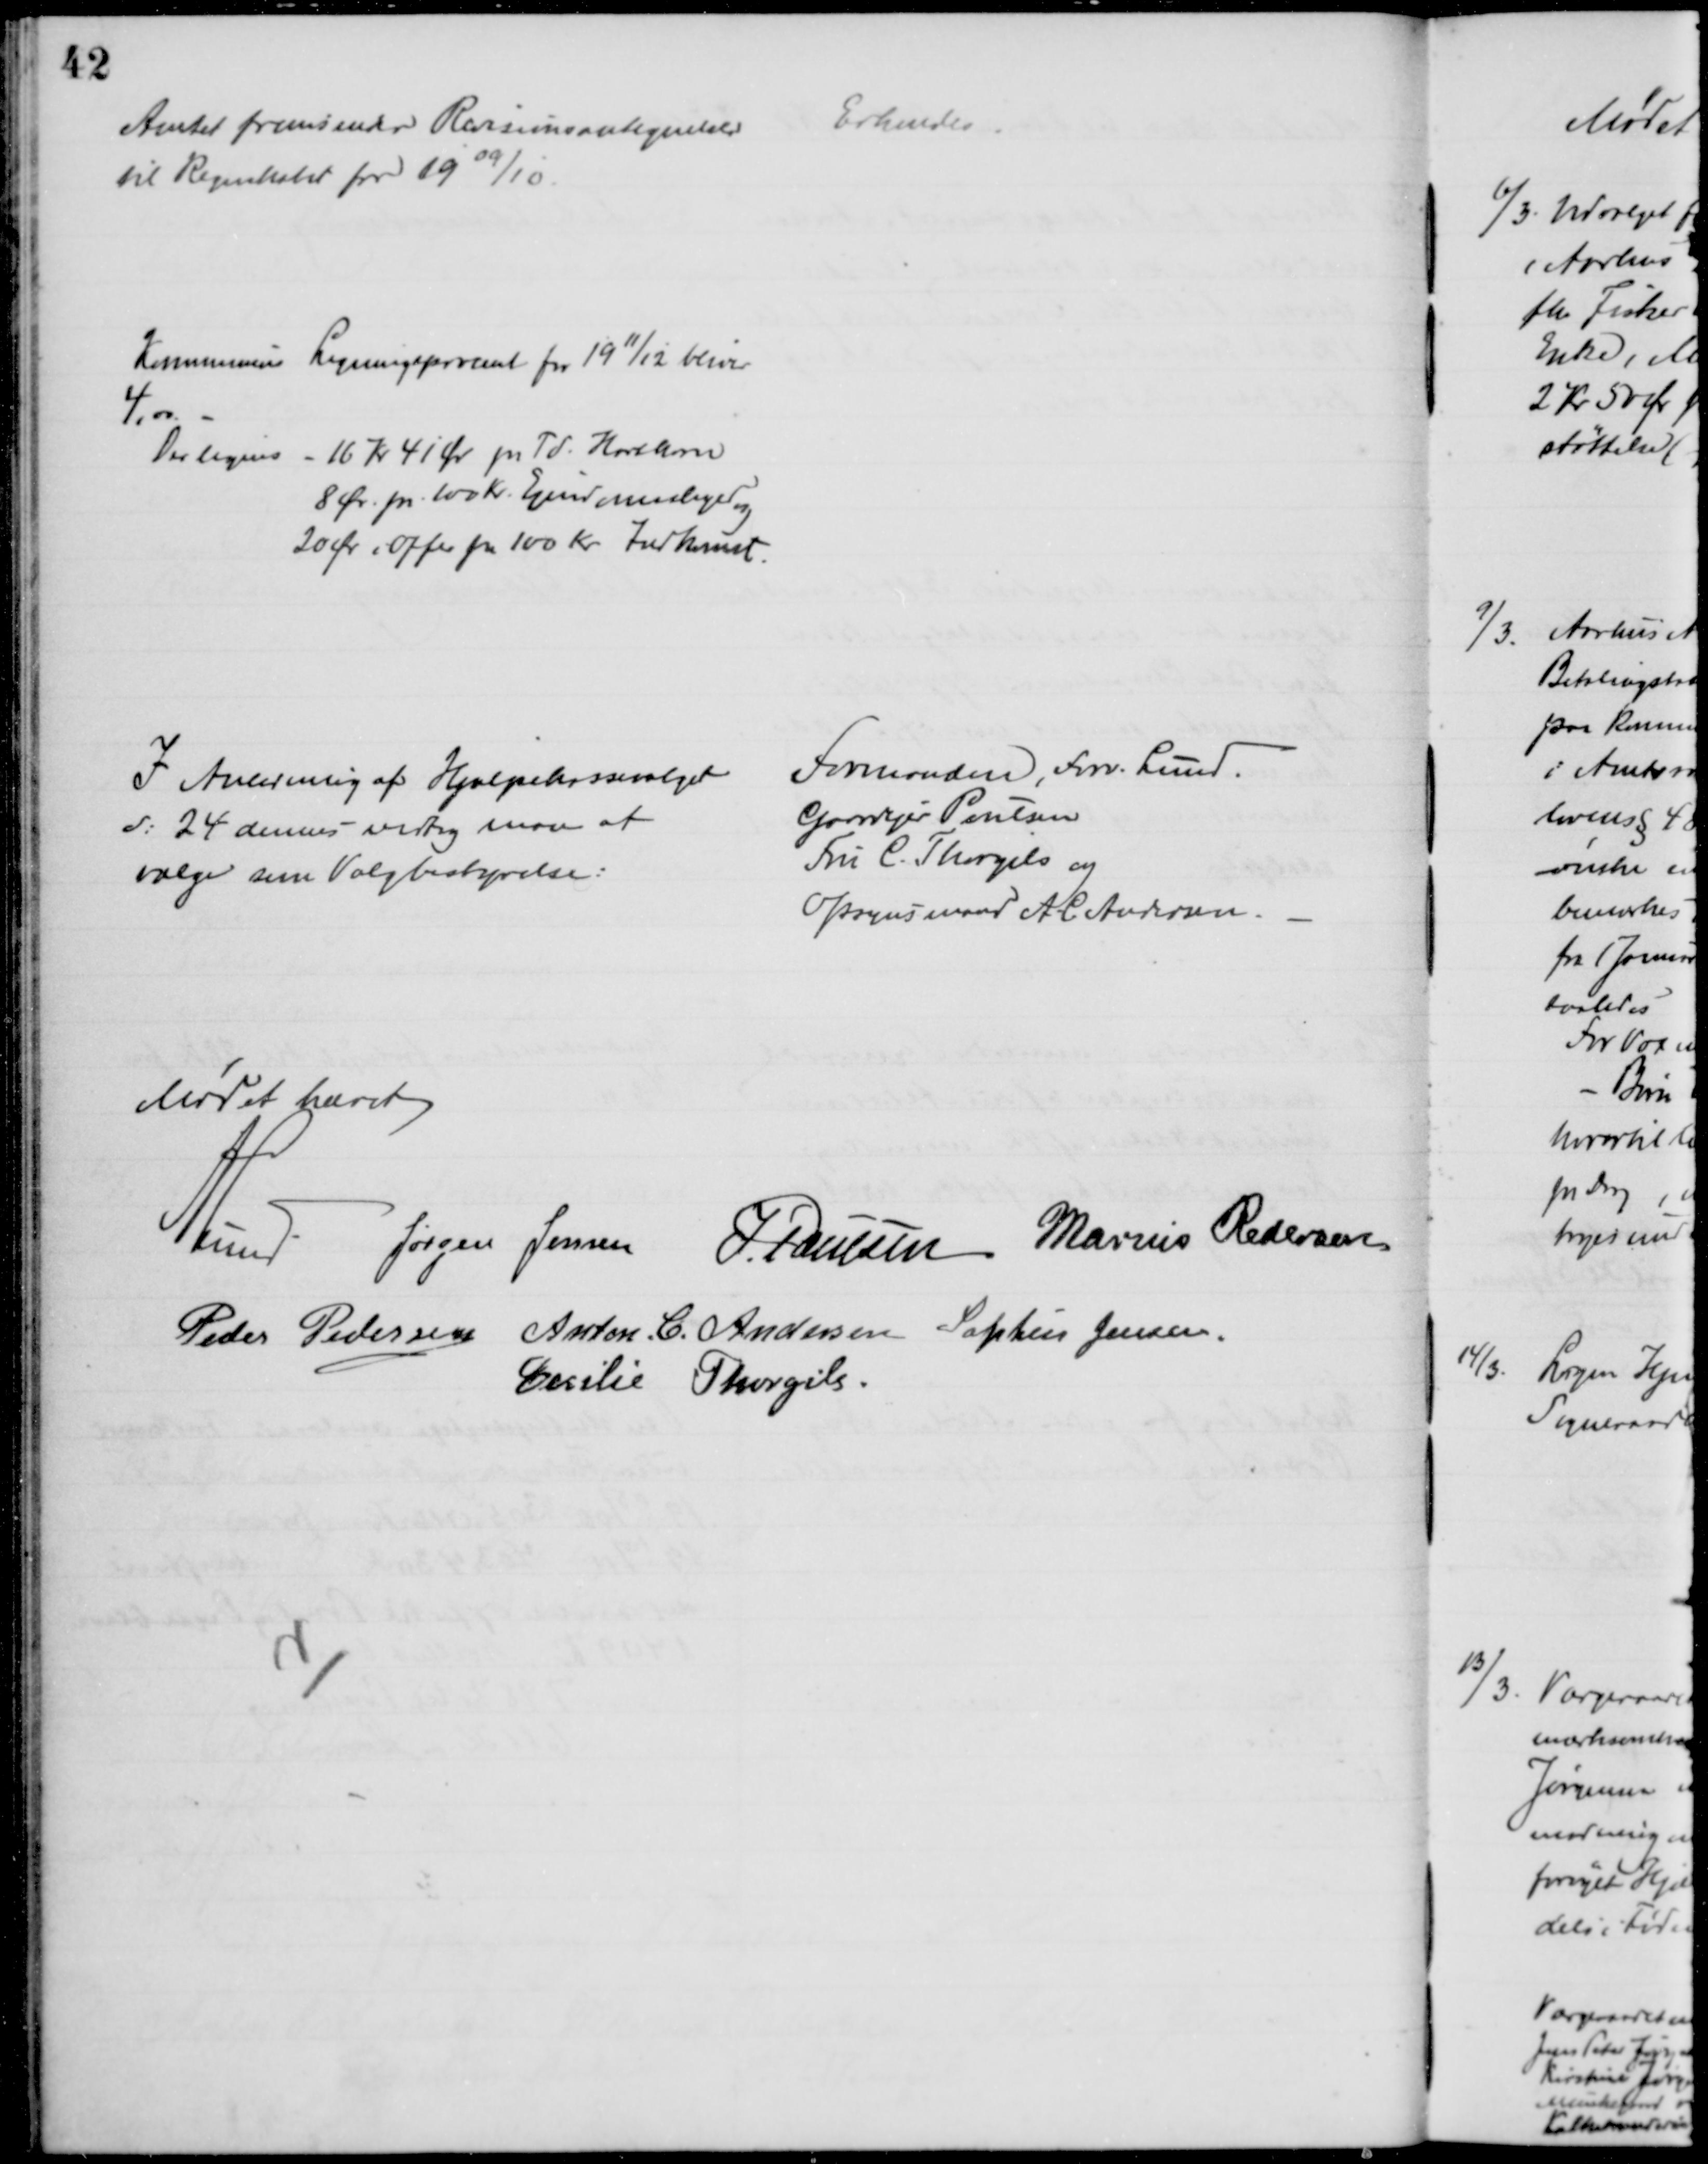
Transskription:
Amtet fremsender Revisionsantegnelser
til Regnskabet for 1909/10.
Erkendes.
Kommunens Ligningsprocent for 1911/12 bliver
4,00.
Der lignes - 16 Kr 41 Øre pr Td. Hartkorn
8 Øre pr. 100 Kr. Ejendomsliger og
20 Øre i Offer pr 100 Kr Indkomst.
I Anledning af Hjælpekassevalget
d. 24 dennes vedtog man at
vælge som Valgbestyrelse:
Formanden, Forv. Lund.
Gaardejer Poulsen
Fru C. Thorgils og
Opsynsmand A C Andersen.
Mødet hævet
A. Lund.
Jørgen Jensen J. Poulsen Marius Pedersen
Peder Pedersen Anton C. Andersen Sophus Jensen.
Cecilie Thorgils.